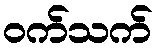
ဝက်သက်